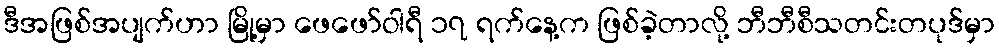
ဒီအဖြစ်အပျက်ဟာ မြို့မှာ ဖေဖော်ဝါရီ ၁၇ ရက်နေ့က ဖြစ်ခဲ့တာလို့ ဘီဘီစီသတင်းတပုဒ်မှာ